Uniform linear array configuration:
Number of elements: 8
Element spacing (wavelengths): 0.25
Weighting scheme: hann
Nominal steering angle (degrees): -15
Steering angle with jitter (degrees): -15.53
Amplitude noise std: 0.05
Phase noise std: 0.05

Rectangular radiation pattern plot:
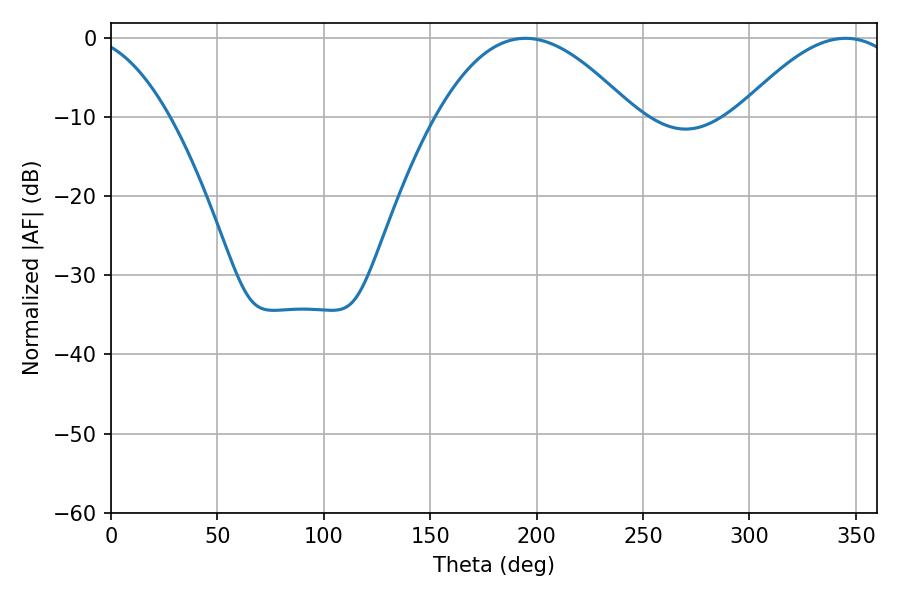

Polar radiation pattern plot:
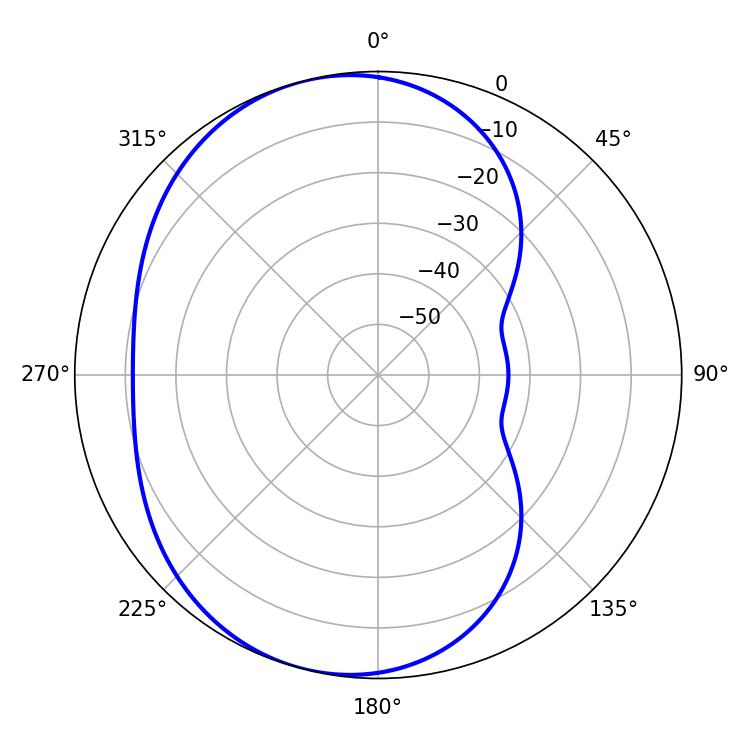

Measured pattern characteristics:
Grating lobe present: FALSE
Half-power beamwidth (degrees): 50.4
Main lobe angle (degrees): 194.76